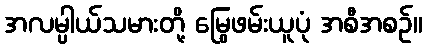
အလမ္ပါယ်သမားတို့ မြွေဖမ်းယူပုံ အစီအစဉ်။